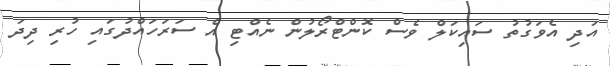
އަދި އެވަގުތު ސައިކަލް ވެސް ކޮންޓްރޯލުން ނެއްޓި އެ ސަރަހައްދުގައި ހުރި ދިދަ